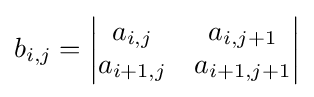
b_{i,j}={\begin{vmatrix}a_{i,j}&a_{i,j+1}\\a_{i+1,j}&a_{i+1,j+1}\end{vmatrix}}